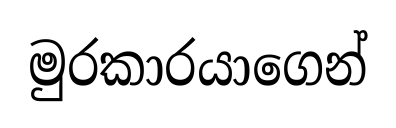
මුරකාරයාගෙන්